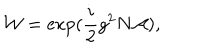
{ \cal W } = \exp ( \frac { i } { 2 } g ^ { 2 } N { \cal A } ) ,